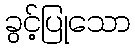
ခွင့်ပြုသော